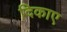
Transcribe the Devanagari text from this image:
दिकाए